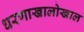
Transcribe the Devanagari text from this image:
धरणाखालोखाल